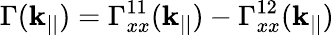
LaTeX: \Gamma(\mathbf{k}_{||})=\Gamma_{xx}^{11}(\mathbf{k}_{||})-\Gamma_{xx}^{12}(\mathbf{k}_{||})